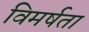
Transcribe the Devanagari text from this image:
विमर्षता